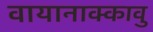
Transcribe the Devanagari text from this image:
वायानाक्कावु